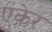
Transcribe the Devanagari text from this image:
एंकेर